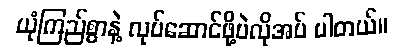
ယုံကြည်စွာနဲ့ လုပ်ဆောင်ဖို့ပဲလိုအပ် ပါတယ်။